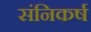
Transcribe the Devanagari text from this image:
संनिकर्ष